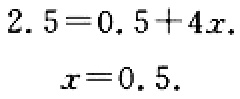
$2.5 = 0.5 + 4x,$

$x = 0.5.$